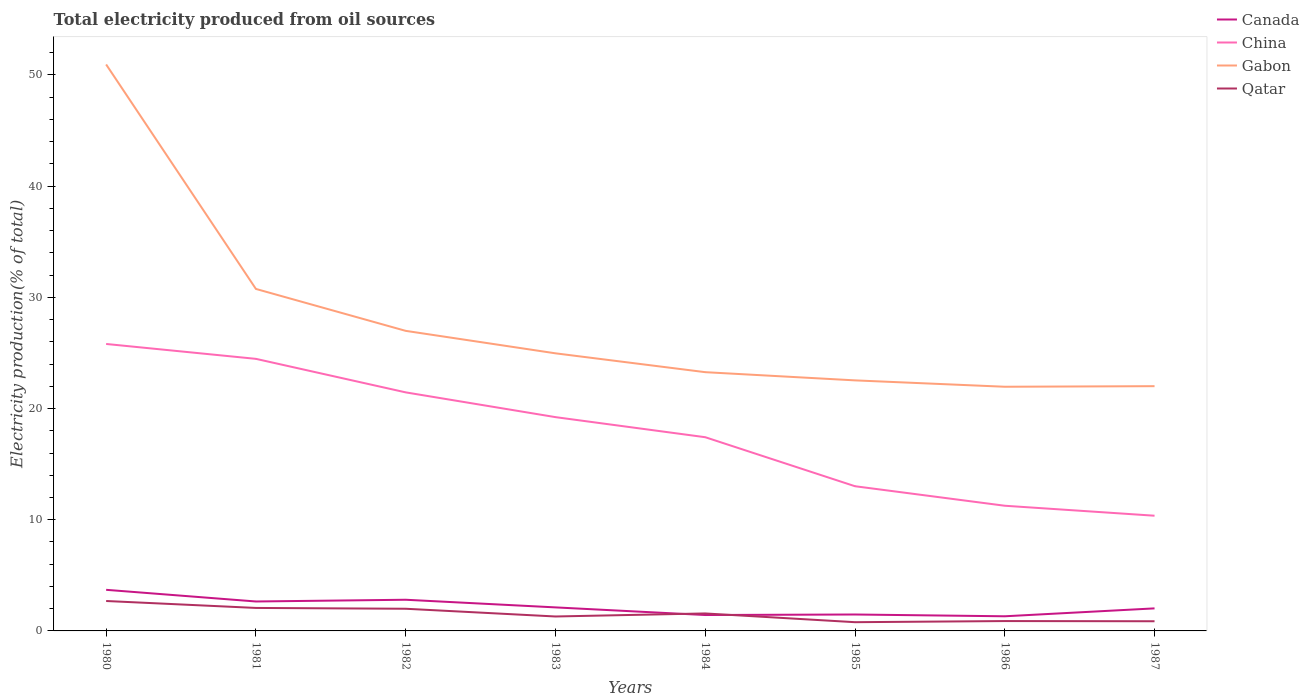
| Years | Canada | China | Gabon | Qatar |
 | --- | --- | --- | --- | --- |
 | 1980 | 3.7 | 25.8 | 50.9 | 2.69 |
 | 1981 | 2.65 | 24.5 | 30.8 | 2.07 |
 | 1982 | 2.8 | 21.5 | 27 | 1.99 |
 | 1983 | 2.12 | 19.2 | 25 | 1.3 |
 | 1984 | 1.43 | 17.4 | 23.3 | 1.57 |
 | 1985 | 1.48 | 13 | 22.5 | 0.785 |
 | 1986 | 1.32 | 11.3 | 22 | 0.886 |
 | 1987 | 2.03 | 10.4 | 22 | 0.87 |